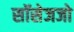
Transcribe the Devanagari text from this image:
सॉसेजजो